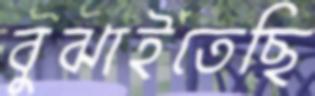
বুঝাইতেছি